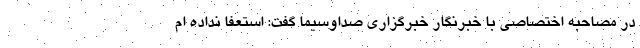
در مصاحبه اختصاصی با خبرنگار خبرگزاری صداوسیما گفت: استعفا نداده ام